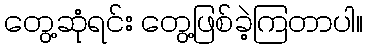
တွေ့ဆုံရင်း တွေ့ဖြစ်ခဲ့ကြတာပါ။